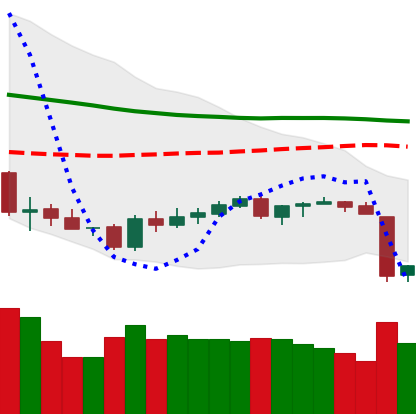
Ticker: BTC-USD
Chart end date: 2018-06-11
Forward return: -5.165%
Label: down_5_7